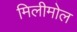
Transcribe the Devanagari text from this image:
मिलीमोल